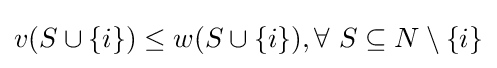
v(S\cup \{i\})\leq w(S\cup \{i\}),\forall ~S\subseteq N\setminus \{i\}